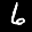
Label: 6